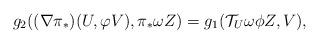
LaTeX: \begin{align*}g_{2}((\nabla \pi_{\ast })(U,\varphi V),\pi _{\ast }\omega Z)&=g_{1}(\mathcal{T}_{U}\omega\phi Z,V),\end{align*}